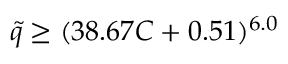
\tilde { q } \geq ( 3 8 . 6 7 C + 0 . 5 1 ) ^ { 6 . 0 }